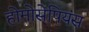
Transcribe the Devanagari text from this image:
होमोसेपियंस